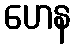
ဟေန